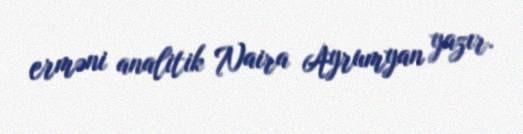
erməni analitik Naira Ayrumyan yazır.